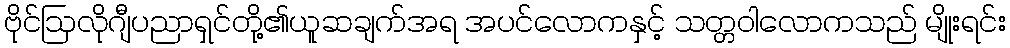
ဗိုင်ဩလိုဂျီပညာရှင်တို့၏ယူဆချက်အရ အပင်လောကနှင့် သတ္တဝါလောကသည် မျိုးရင်း